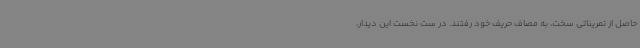
حاصل از تمریناتی سخت، به مصاف حریف خود رفتند. در ست نخست این دیدار،